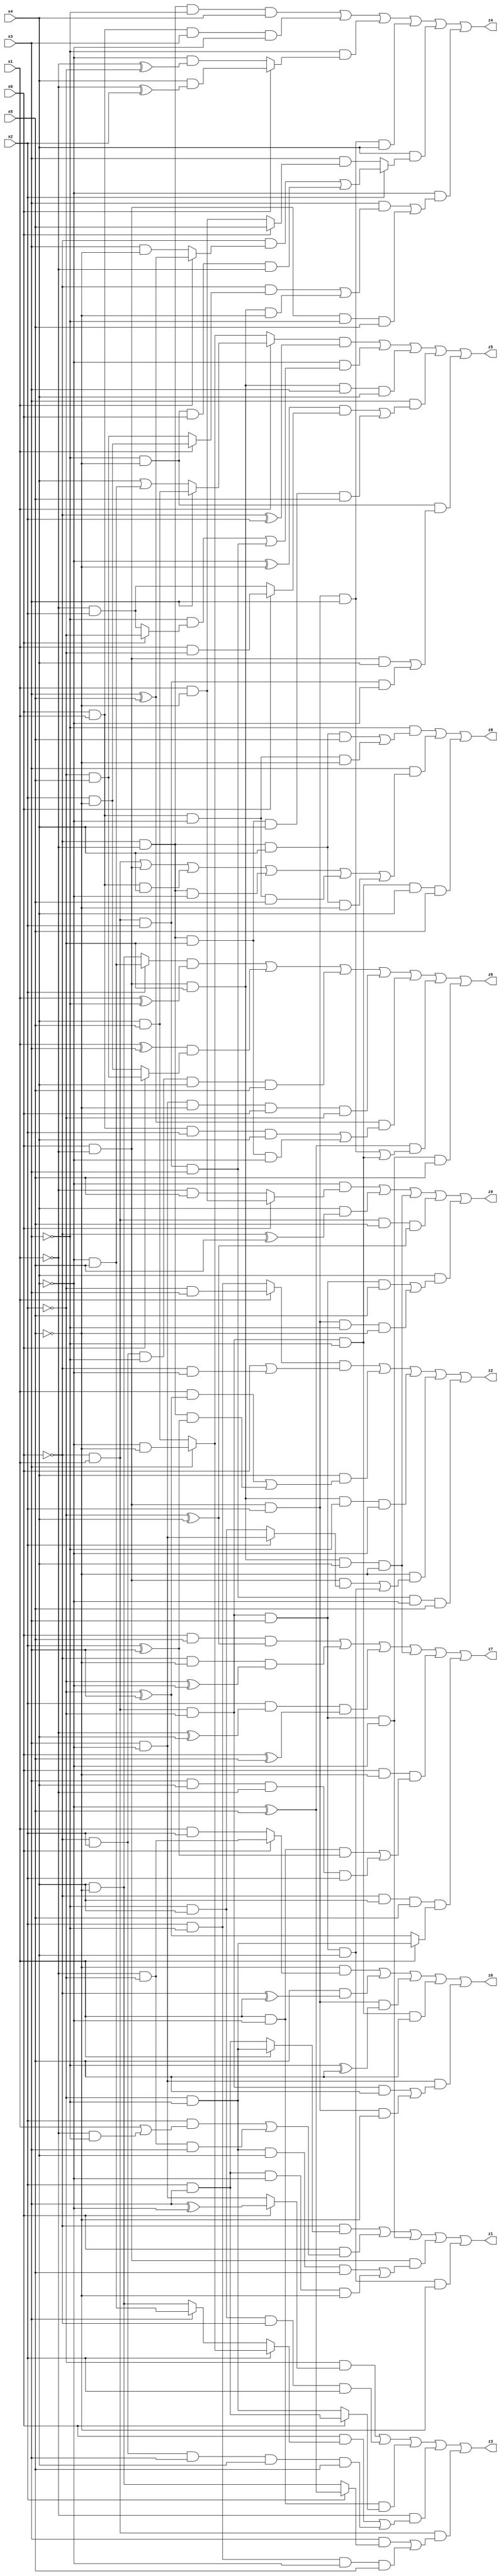
// Benchmark "X_45" written by ABC on Mon Jun 05 19:34:37 2023

module X_45 ( 
    x0, x1, x2, x3, x4, x5,
    z0, z1, z2, z3, z4, z5, z6, z7, z8, z9  );
  input  x0, x1, x2, x3, x4, x5;
  output z0, z1, z2, z3, z4, z5, z6, z7, z8, z9;
  assign z0 = (~x5 & (x0 ? (~x1 & ~x2) : (x1 & x2))) | (x5 & (~x0 ^ x1)) | (x0 & ~x1 & x2 & (~x3 ^ x5)) | (~x0 & x1 & ~x2 & ~x3 & x5) | (x3 & ~x4 & ((~x0 & x1 & ~x2 & x5) | (x0 & ~x1 & x2 & ~x5)));
  assign z1 = (~x0 & (x1 ? (~x2 & ~x3) : (x2 & x3))) | (x0 & ((x2 & (x1 | (~x1 & ~x3))) | (~x1 & ~x2 & x3))) | (~x0 & x1 & ~x2 & x3 & ~x4) | (x0 & ~x1 & ((~x2 & ~x3 & x4 & x5) | (x2 & x3 & ~x4 & ~x5))) | (~x0 & x1 & ~x2 & x3 & x4 & ~x5);
  assign z2 = ((x1 ? (~x2 & x3) : (x2 & ~x3)) & (x0 | (~x0 & ~x4))) | (x4 & ((x1 & (~x2 ^ x3)) | (~x0 & ~x1 & (x2 ^ x3)))) | (x0 & ~x1 & ~x2 & ~x3 & ~x4) | (~x5 & ((x0 & ~x1 & (x2 ? (x3 & ~x4) : (~x3 & x4))) | (~x0 & x1 & ~x2 & x3 & x4))) | (~x0 & x1 & x2 & x3 & ~x4 & x5);
  assign z3 = (~x2 & (x0 ? (x3 ^ ~x4) : (x3 & ~x4))) | (~x3 & x4 & ~x0 & x2) | (x1 & ~x4 & (x0 ? (x2 & x3) : (~x2 & ~x3))) | (~x1 & ((x0 & (x2 ? (x3 ? (~x4 & ~x5) : (x4 & x5)) : (x3 ? (~x4 & x5) : (x4 & ~x5)))) | (~x0 & x2 & x3 & x4 & x5))) | (~x0 & x1 & ((x3 & (x2 ? (~x4 ^ x5) : (x4 & ~x5))) | (x2 & ~x3 & ~x4 & x5)));
  assign z4 = (~x0 & ~x1 & ~x3 & x4) | (x0 & x1 & x3 & ~x4) | (~x3 & (x0 ? (x4 & (~x1 ^ x2)) : (~x4 & (~x1 ^ ~x2)))) | (x0 & ~x1 & x2 & x3 & x4) | (x4 & (x2 ? ((~x0 & (x1 ? (x3 ^ x5) : (x3 & ~x5))) | (~x3 & ~x5 & x0 & ~x1)) : (x3 & (x0 ? x5 : (x1 & ~x5))))) | (~x4 & ((x3 & ((~x0 & (x1 ? (x2 & ~x5) : (~x2 & x5))) | (x0 & ~x1 & ~x2 & ~x5))) | (x0 & ~x1 & ~x3 & x5)));
  assign z5 = ((x1 ? (x3 ? (x4 & x5) : (x4 | (~x4 & x5))) : (x3 ? (~x4 & ~x5) : (x4 & x5))) & (~x0 ^ x2)) | (~x4 & ((~x3 & (x0 ? ~x2 : (~x1 & x2))) | (~x0 & x1 & x2 & x3))) | (x0 & ~x1 & ~x2 & x3 & x4) | (x3 & (((~x4 ^ ~x5) & (x0 ? (x1 & ~x2) : (~x1 & x2))) | (~x0 & ~x1 & ~x2 & x4 & x5))) | (~x3 & ~x5 & ((x0 & ~x1 & x4) | (~x0 & x1 & x2 & ~x4)));
  assign z6 = ((x2 ? (~x4 & x5) : (x4 & ~x5)) & (x1 ^ ~x3)) | ((x1 ^ x3) & (x0 ? (~x2 & x5) : (x2 & ~x5))) | (~x0 & x2 & ~x3 & x4 & x5) | (x3 & ~x4 & ~x5 & x0 & ~x2) | ((x3 ^ x5) & ((x0 & x1 & x2 & x4) | (~x0 & ~x1 & ~x2 & ~x4))) | ((~x4 ^ x5) & ((x0 & ~x1 & x2 & x3) | (~x0 & x1 & ~x2 & ~x3))) | (~x0 & x1 & ~x2 & x3 & ~x4 & x5);
  assign z7 = (x0 & x5 & (~x2 ^ x4)) | (~x0 & ~x5 & (~x2 ^ ~x4)) | (x2 & (~x1 ^ x4) & (x0 ^ x5)) | (x0 & ~x1 & ~x2 & x4 & ~x5) | (x0 & ~x5 & ((x1 & ~x4 & (x2 ^ x3)) | (x3 & x4 & ~x1 & x2))) | (~x0 & x4 & x5 & (x1 ? (~x2 & ~x3) : (~x2 ^ x3)));
  assign z8 = (~x3 & ((~x0 & ~x1 & x4 & x5) | (x0 & x1 & ~x4 & ~x5))) | (x3 & ((~x0 & x1) | (x0 & ~x1) | (x0 & x1 & x4) | (~x0 & ~x1 & ~x4) | (x0 & x1 & ~x4 & x5) | (~x0 & ~x1 & x4 & ~x5))) | (~x0 & x1 & ~x2 & ~x3 & x4 & x5);
  assign z9 = (~x4 & (x0 ? (x1 & ~x5) : (~x1 & x5))) | (x4 & (~x0 ^ x5)) | (x0 & ~x1 & ~x2 & x4 & ~x5) | (~x0 & x1 & x5 & (~x2 ^ x4)) | (x4 & ((~x0 & x1 & ~x2 & x3 & x5) | (x0 & ~x1 & x2 & ~x3 & ~x5)));
endmodule